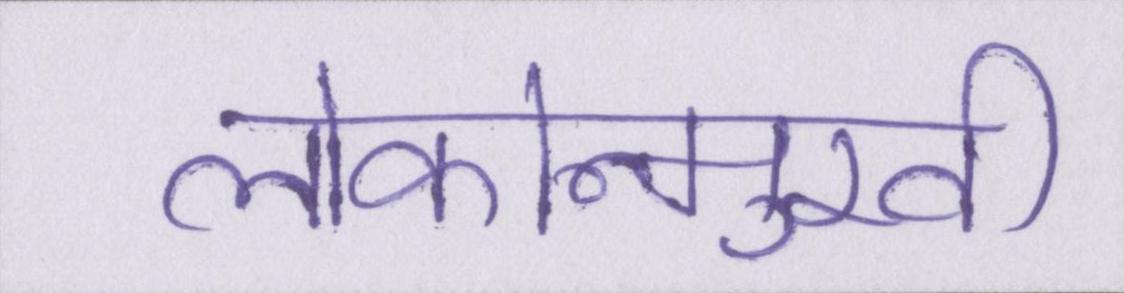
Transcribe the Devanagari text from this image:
लोकोन्मुखी